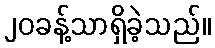
၂၀ခန့်သာရှိခဲ့သည်။